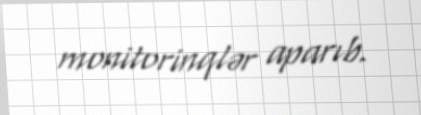
monitorinqlər aparıb.